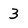
Character: 3